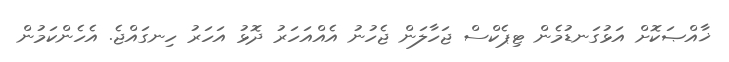
ޚާއްޞަކޮށް އަޅުގަނޑުމެން ޓިޕެކްސް ޖަހާލަން ޖެހުނު އެއްއަހަރު ދޮޅު އަހަރު ހިނގައްޖެ. އެހެންކަމުން